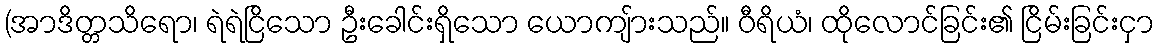
(အာဒိတ္တသိရော၊ ရဲရဲငြိသော ဦးခေါင်းရှိသော ယောကျ်ားသည်။ ဝီရိယံ၊ ထိုလောင်ခြင်း၏ ငြိမ်းခြင်းငှာ